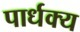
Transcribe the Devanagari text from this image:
पार्धक्य